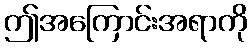
ဤအကြောင်းအရာကို